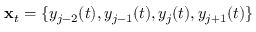
\mathbf x _ { t } = \{ y _ { j - 2 } ( t ) , y _ { j - 1 } ( t ) , y _ { j } ( t ) , y _ { j + 1 } ( t ) \}